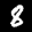
Label: 8